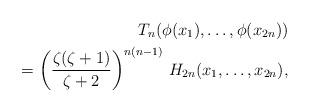
LaTeX: \begin{align*}T_n(\phi(x_1),\dots,\phi(x_{2n}))\\=\left(\frac{\zeta(\zeta+1)}{\zeta+2}\right)^{n(n-1)}\,H_{2n}(x_1,\dots,x_{2n}), \end{align*}